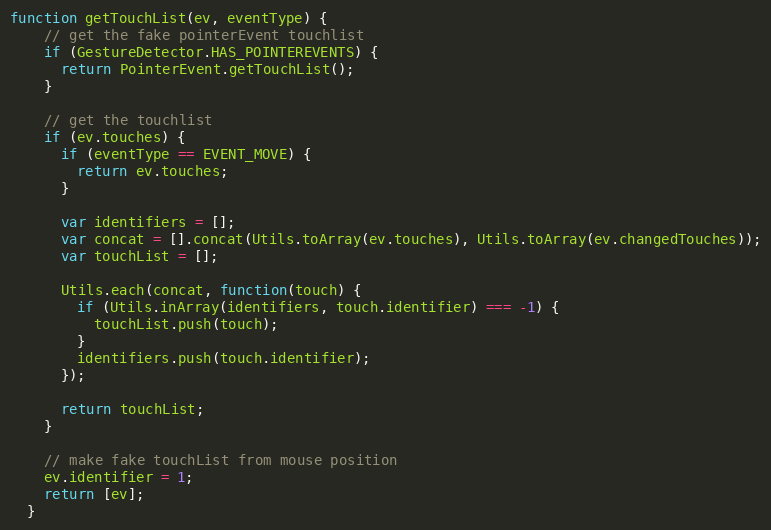
Language: JavaScript
function getTouchList(ev, eventType) {
    // get the fake pointerEvent touchlist
    if (GestureDetector.HAS_POINTEREVENTS) {
      return PointerEvent.getTouchList();
    }

    // get the touchlist
    if (ev.touches) {
      if (eventType == EVENT_MOVE) {
        return ev.touches;
      }

      var identifiers = [];
      var concat = [].concat(Utils.toArray(ev.touches), Utils.toArray(ev.changedTouches));
      var touchList = [];

      Utils.each(concat, function(touch) {
        if (Utils.inArray(identifiers, touch.identifier) === -1) {
          touchList.push(touch);
        }
        identifiers.push(touch.identifier);
      });

      return touchList;
    }

    // make fake touchList from mouse position
    ev.identifier = 1;
    return [ev];
  }